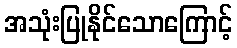
အသုံးပြုနိုင်သောကြောင့်